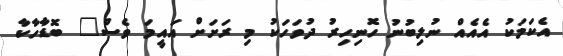
އެކަމަކު އެއެއް ނުލިބުނު ހޮނިހިރު ދުވަހަކު މި ރަށަށް އައީމަ ވެސް" ބޮޑާހާކާ